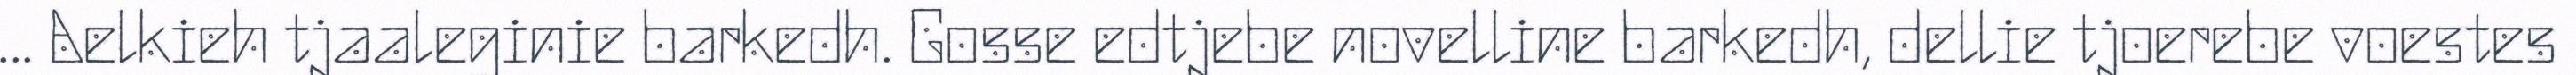
... Aelkieh tjaaleginie barkedh. Gosse edtjebe novelline barkedh, dellie tjoerebe voestes